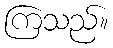
ကြသည်။